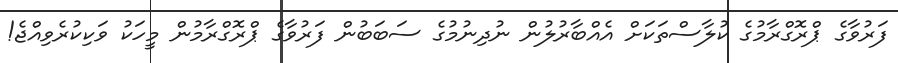
ފަރުވާގެ ޕްރޮގްރާމުގެ ކުލާސްތަކަށް އެއްބާރުލުން ނުދިނުމުގެ ސަބަބުން ފަރުވާގެ ޕްރޮގްރާމުން މީހަކު ވަކިކުރެވިއްޖެ!